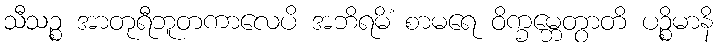
သီသဉ္စ အာတုရီဘူတကာလေပိ အဘိရမိံ စာမရေ ဝိက္ခမ္ဘေတွာတိ ပဉ္စိမာနိ